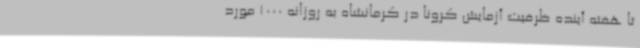
تا هفته آینده ظرفیت آزمایش کرونا در کرمانشاه به روزانه 1000 مورد